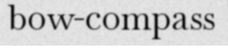
bow-compass